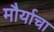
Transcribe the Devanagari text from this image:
मौर्याचा